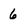
Character: 6